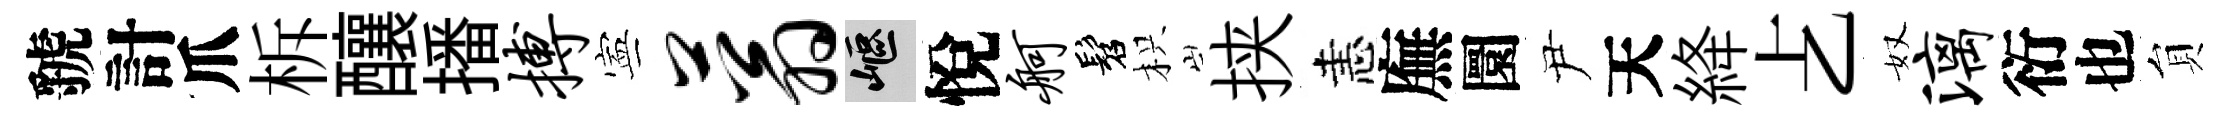
虢計爪柝釀播搏寕蓊嶇悅舸髫枳挟恚廡圜尹天絳𠧒奴漓衍也貟